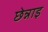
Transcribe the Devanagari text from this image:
छेन्नाइ